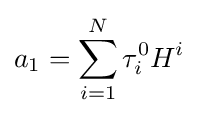
a_{1}=\sum _{i=1}^{N}\tau _{i}^{0}H^{i}